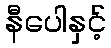
နီပေါနှင့်